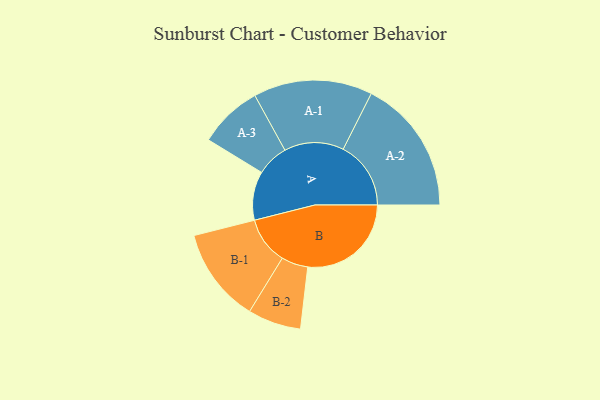
{"axis": {"x": "Segment", "y": "Value"}, "legend": ["", "A", "B"], "data": [{"x": "A", "y": 214, "type": ""}, {"x": "B", "y": 454, "type": ""}, {"x": "A-1", "y": 261, "type": "A"}, {"x": "A-2", "y": 297, "type": "A"}, {"x": "A-3", "y": 140, "type": "A"}, {"x": "B-1", "y": 208, "type": "B"}, {"x": "B-2", "y": 117, "type": "B"}]}